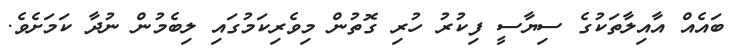
ބައެއް އާއިލާތަކުގެ ސިޔާސީ ފިކުރު ހުރި ގޮތުން މިވެރިކަމުގައި ލިބެމުން ނުދާ ކަމަށެވެ.